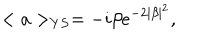
< a > _ { Y S } = - i \beta e ^ { - 2 \mid \beta \mid ^ { 2 } } ,